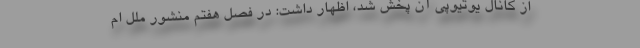
از کانال یوتیوپی آن پخش شد،‌ اظهار داشت: در فصل هفتم منشور ملل ام